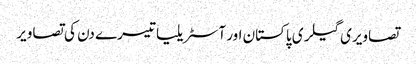
تصاویری گیلری پاکستان اور آسٹریلیا تیسرے دن کی تصاویر